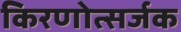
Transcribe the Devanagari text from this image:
किरणोत्सर्जक